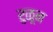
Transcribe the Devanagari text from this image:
रुळून